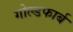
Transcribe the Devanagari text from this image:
गोल्डफार्ब